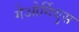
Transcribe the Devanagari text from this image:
गेओर्गियुस